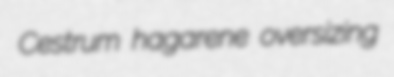
Cestrum hagarene oversizing